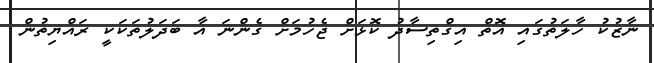
ނާޒުކު ހާލަތުގައި އޮތް އިގްތިސާދު ކޮޅަށް ޖެހުމަށް ގެންނަ އާ ބަދަލުތަކަކީ ރައްޔިތުން